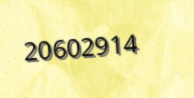
20602914